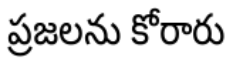
ప్రజలను కోరారు